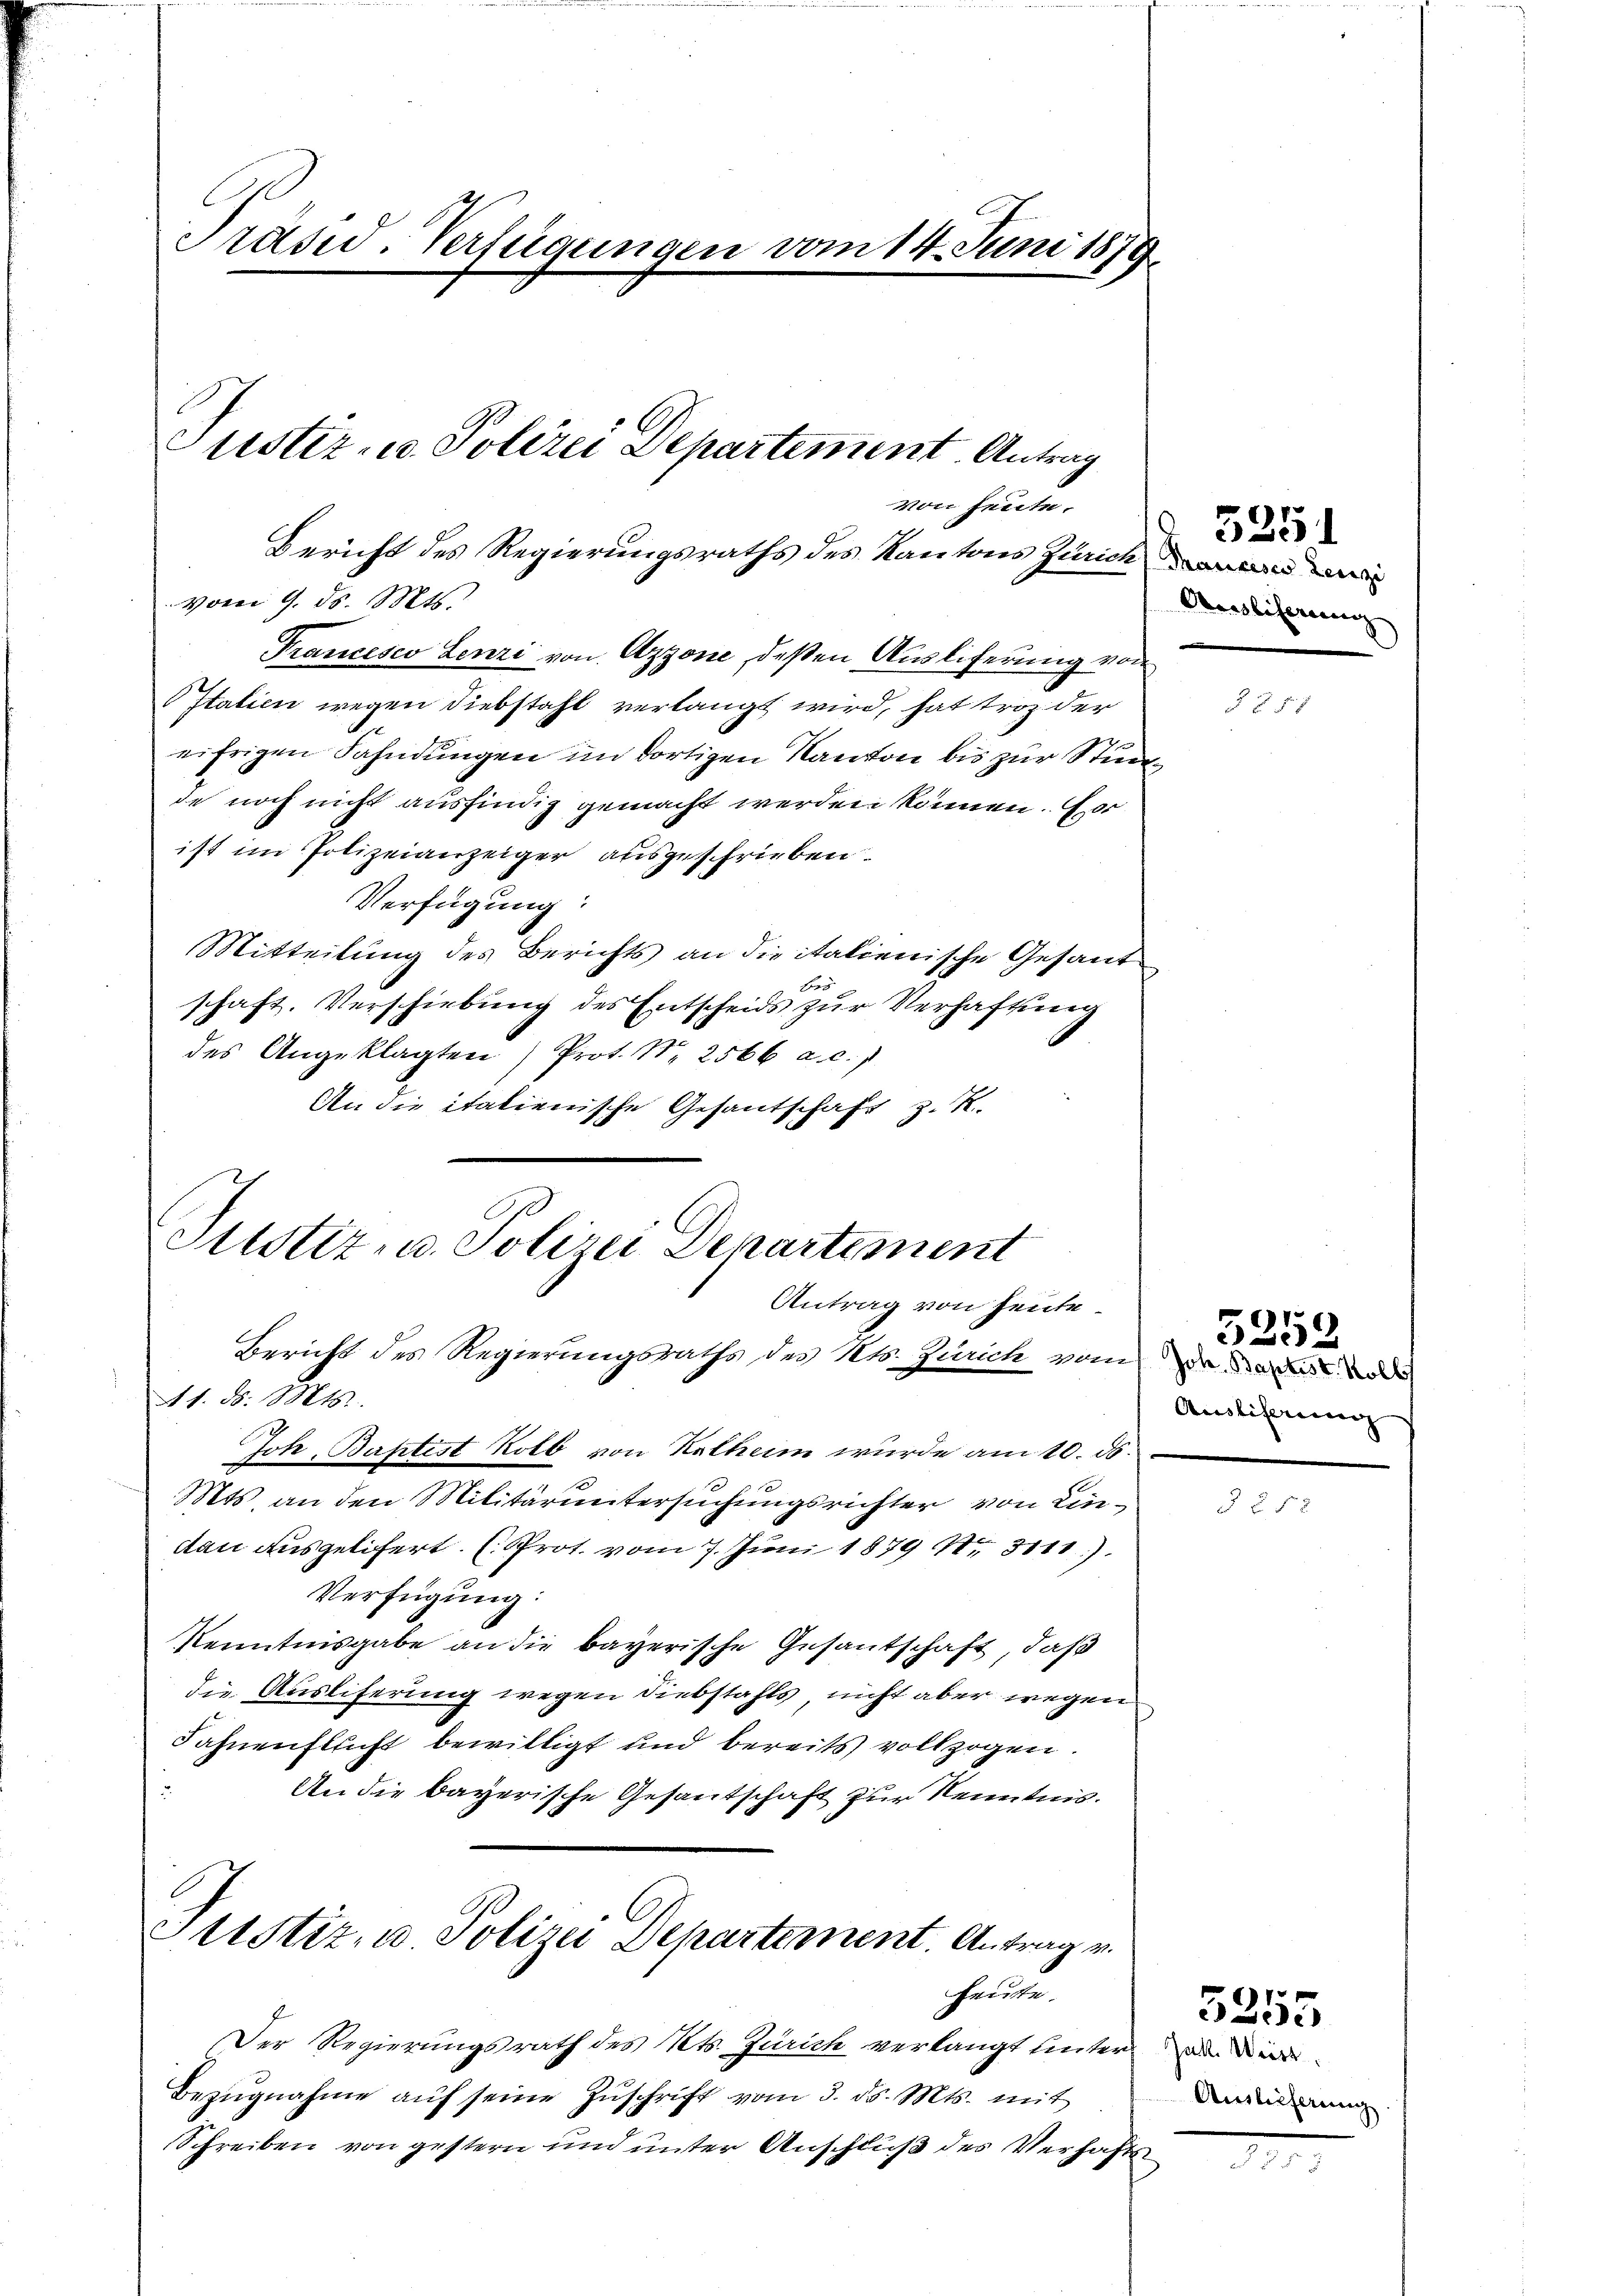
Präsid. Verfügungen vom 14. Juni 1879

Bericht des Regierungsraths des Kantons Zürich,

Stistiz- u. Polizei Departement
Antrag von heute

Justiz- u. Polizei Departement. Antrag
von heute.

Vom 9. ds. Mts.
Francesco Lenzi von Azzone, deßen Ausliferung von
Italien wegen Diebstahl verlangt wird, hat troz der
eifrigen Fahndungen im dortigen Kanton bis zur Stundde noch nicht ausfindig gemacht werden können. Er
ist im Polizeianzeiger ausgeschrieben.
Verfügung:
Mitteilung des Berichts an die italienische Gesande
schaft. Verschiebung des Entscheids zŭr Verhaftung
des Angeklagten Prot. N. 2566 a. c.)
An die italienische Gesantschaft z. B.

Bericht des Regierungsraths des Kts. Zürich vom des de
A1. ds. Mts.
Joh. Baptist Kolb von Kathem wurde am 10. ds.
Mts. an den Militäruntersuchungsrichter von Eindan ausgelifert. (Prot. vom 7. Juni 1879 No 3111).
Verfügung:
Kenntnisgabe an die bayerische Gesantschaft, daß
die Ausliferung wegen Diebstahls, nicht aber wegen
Fahnenflecht bewilligt und bereits vollzogen.
An die bayerische Gesantschaft zur Kenntnis.
Justiz- u. Polizei Departement. Antrag v.
Gelege.
Der Regierungsrath des Kts. Zürich verlangt unter der
Bezŭgnahme aŭf seine Zŭschrift vom 3. ds. Mts. mit
Schreiben von gestern und unter Anschluß des Verhafts

.
Arglicherung

5251

3787

Ausliferung

5259.

§ 55 x

Auslieferung
.

5255

7